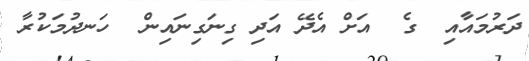
ދަރުމައާއި  ގެ  އަށް އެދޭ އަދި ގިނަގިނައިން  ހަނދުމަކުރާ